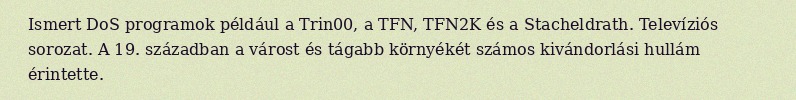
Ismert DoS programok például a Trin00, a TFN, TFN2K és a Stacheldrath. Televíziós sorozat. A 19. században a várost és tágabb környékét számos kivándorlási hullám érintette.